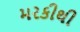
મરકીથી